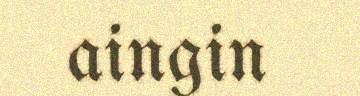
aingin